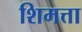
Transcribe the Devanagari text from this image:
शिमत्ता